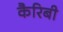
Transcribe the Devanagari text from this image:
कैरिबी